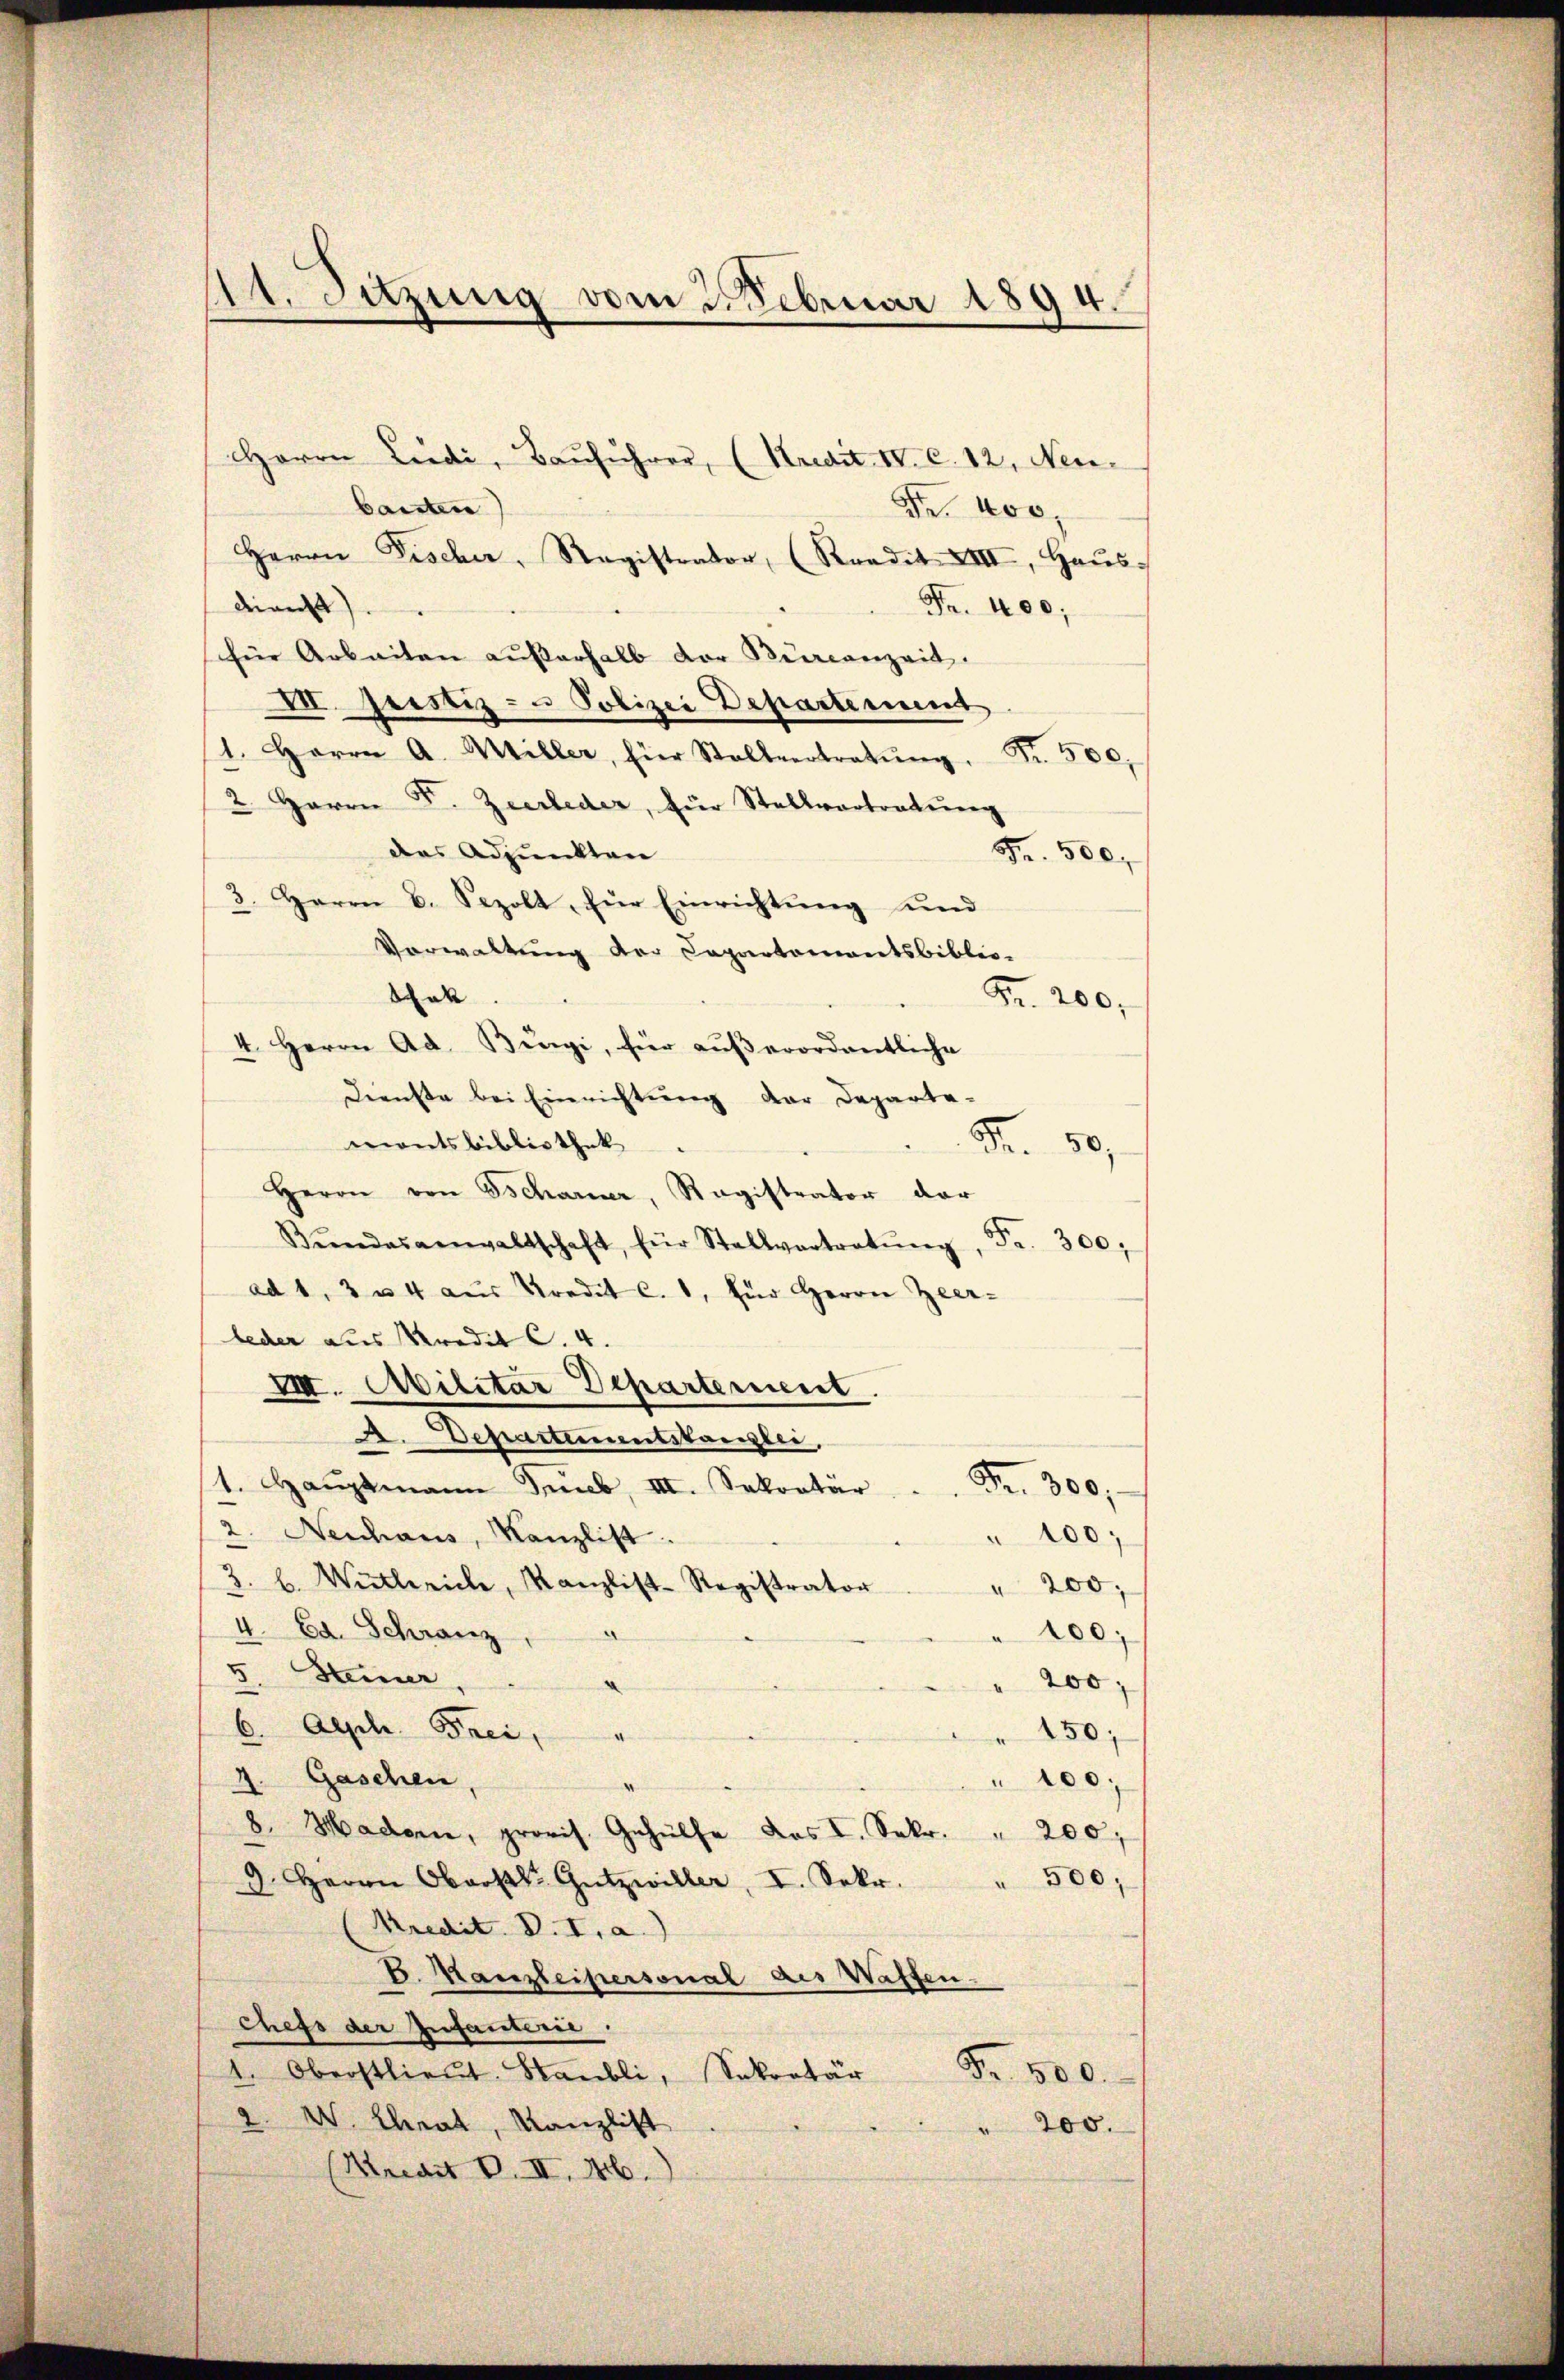
11. Sitzung vom 3. Februar 1894.

Herrn Ludi, Bauführer, (Kredit IV c. 12, Neu
bauten
Fr. 400.
Herrn Fischer, Registrator, (Kredit XIII, Haŭs-
direcht).
Fr. 400;
für Arbeiten außerhalb der Burcanzeit.
VII. Justiz- u Polizei Departement
1. Herrn A. Miller, für Stallvertretŭng.
Fr. 500,
2. Herrn F. Zeerleder, für Stellvertretŭng
des Adjunkten
Fr. 500,
3. Herrn B. Sepolt für Einrichtŭng und
Vorwaltung der Capartementsbiblio-
thek
Fr. 200,
4. Herrn Ad. Bürgi, für außerordentliche
Dienste bei Einrichtung der Departa-
mentsbibliothek
Fr. 50.
Herrn von Gscharner, Ragistrator dar
Bŭndesanwaltschaft, für Stellvertretŭng, Fr. 300.
ad 1, 3 u. 4 aus Predit c. 1, für Herrn Zeer-
leder aus Kredit C. 4.
VIII. Abilitar Departement.
A. Departementstanzlei,
1. Haŭptmann Trub III. Sekretär .  ..  ..  Fr. 300.
Neuhaus, Kanzlist.
" 100;
3. b. Wietlerich, Kanzlist-Registrator
" 200,
4. Ed. Schranz
100.
5. Steiner
200
6. Ache Prei,
150;
d
Gaschen,
100;
.
8. Hadorn, provis. Gehülfe das I. Sekr. " 200,
500;
d. Herrn Oberstl. Gützwiller, I. Sekr.
Kredit. V. I, a.)
B. Kanzleipersonal des Waffen.
chefs der Infanterie.
1. Oberstlieut. Stabli, Sekt Fr. 500.
W. Chrat, Kanzlist
" 200.
(Krait d. II. 46.